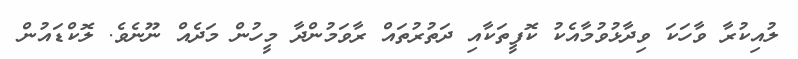
ލުއިކުރާ ވާހަކަ ވިދާޅުވުމާއެކު ކޮފީތަކާއި ދަތުރުތައް ރާވަމުންދާ މީހުން މަދެއް ނޫނެވެ. ލޮކްޑައުން